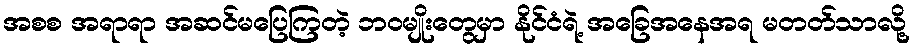
အစစ အရာရာ အဆင်မပြေကြတဲ့ ဘဝမျိုးတွေမှာ နိုင်ငံရဲ့ အခြေအနေအရ မတတ်သာလို့